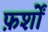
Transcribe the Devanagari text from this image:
फ़र्शों